Civil Veterinary Department Bengal reports 1933-51 - 1933-1951
Year: 1933
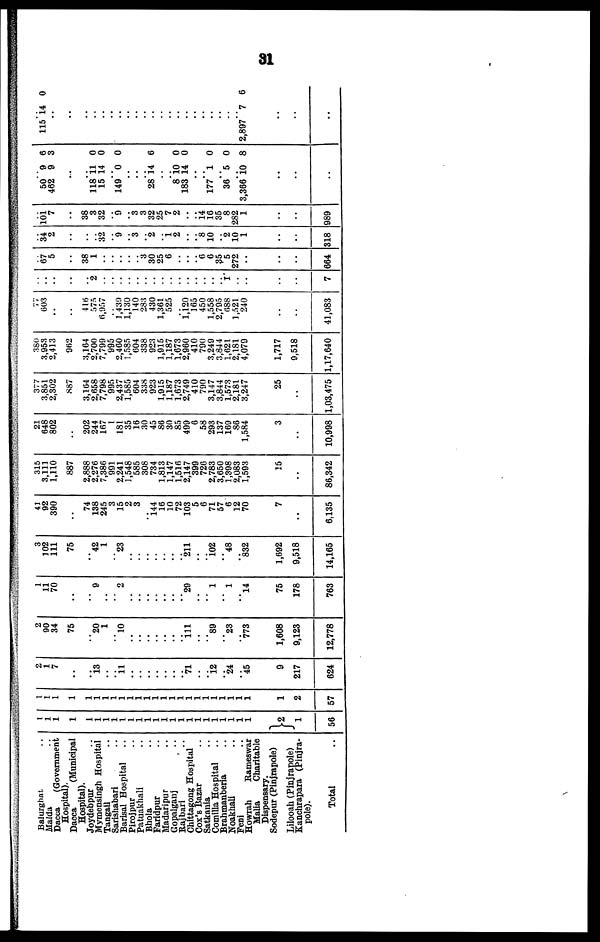
31
Balurghat ..
Malda ..
Dacca
(Government
Hospital).
Dacca
(Municipal
Hospital).
Joydebpur ..
Mymensingh Hospital
Tangail ..
Sarishabari ..
Barisal Hospital ..
Pirojpur ..
Patuakhali
Bhola ..
Faridpur ..
Madaripur ..
Gopalganj
..
Rajbari
..
Chittagong Hospital
Cox's Bazar
Satkania ..
Comilla Hospital
Brahmanberia ..
Noakhali
Feni ..
Howrah
Rameswar
Malia
Charitable
Dispensary.
Sodepur (Pinjrapole)
Lilooah (Pinjrapole)
Kanchrapara (Pinjra-
pole).
Total ..
1
1
1
1
1
1
1
1
1
1
1
1
1
1
1
1
1
1
1
1
1
1
1
1
2
1
56
1
1
1
1
1
1
1
1
1
1
1
1
1
1
1
1
1
1
1
1
1
1 1
1
1
2
57
2
1
7
..
..
.. 13
..
.. 11
..
..
..
..
..
..
.. 71
..
.. 12
24
45
9
217
624
2
90
34
75
.. 20
1
.. 10
..
..
..
..
..
..
.. 111
..
.. 89
23
773
1,608
9,123
12,778
1
11
70
..
..
..
9
..
..
2
..
..
..
..
..
..
.. 29
..
..
1
..
1
.. 14
75
178
763
3
102
111
.. 75
.. 42
1
.. 23
..
..
..
..
..
..
.. 211
..
.. 102
.. 48
.. 832
1,692
9,518
14,165
41 92
390
..
..
74
138
245
3
15
2
3
144
16
10
72
103
5
6
71
57
6
12
70
7
..
6.135
315
3,111
1,110
.. 887
2,888
2,276
7,386
991
2,241
1,548
585
308
734
1,813
1,147
1,516
2,147
399
726
2,783
3,650
1,398
2.083
1,593
15
..
86,342
21
648
802
..
..
202
244
167
1
181
35
16
30
45
86
30
85
499
6
58
293
137
169
86
1,584
3
..
10,998
377
3,851
2,302
.. 887
3,164
2,658
7,798
995
2,437
1,585
604
338
923
1,915
1,187
1,673
2,749
410
790
3,147
3,844
1,573
2,181
3,247
25
..
1,03,475
380
3,953
2,413
.. 962
3,164
2,700
7,799
995
2,460
1,585
604
338
923
1,915
1,187
1,673
2,960
410
790
3,249
3,844
1,621
2,181
4,079
1,717
9,518
1,17,640
77
603
..
.. ..
416
575
6,957
1,439
1,130
140
283
430
1,361
525
1,120
165
450
1,558
2,795
688
1,521
240
..
..
41,083
..
..
..
.. ..
.. 2
..
..
..
..
..
..
..
..
..
..
..
..
..
..
.. 1
..
..
..
..
7
67
5
..
..
38
1
..
..
..
..
3
30
25
6
..
..
.. 6
6
35
5
272
..
..
..
664
34
2
..
..
..
.. 32
.. 9
.. 3
.. 2
.. 1 2
..
.. 8
10
2
10
1
..
..
318
101
7
..
..
38
3
32
.. 9
.. 3
3
32
25
7
2
..
.. 14
16
35
8
282
1
..
..
989
.. 50
462
..
..
.. 118
15
.. 149
..
..
.. 28 1
..
.. 8
183
..
.. 177
.. 36
.. 3,366
..
..
..
9
9
11
14
0
4
10 14
1
5
10
6
3
0
0
0
6
0 0
0
0
8
.. 115 1
..
.. ..
..
..
..
..
..
..
..
..
..
..
..
..
..
..
..
..
..
..
2,897
..
..
.
4
7
.
0
6